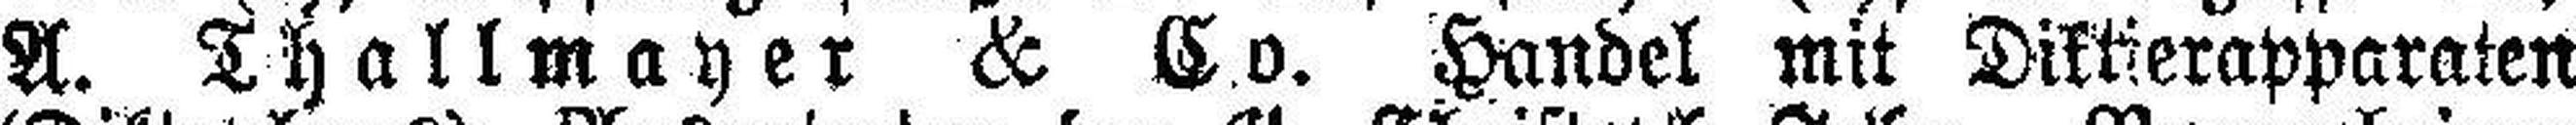
A. Thallmayer & C.o. Handel mit Diktierapparaten